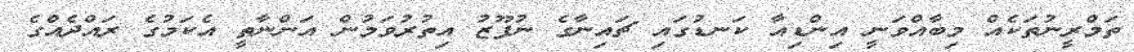
ތަމްރީނުތަކެއް މިބާއްވަނީ އިންޑިއާ ކަނޑުގައި ޗައިނާގެ ނުފޫޒު އިތުރުވަމުން އަންނާތީ އެކަމުގެ ރައްދެއްގެ